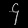
Digit: ၄